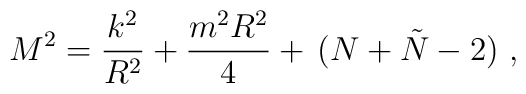
M^2 =  \frac{k^2}{R^2} + \frac{m^2 R^2}{4} +\,(N+\tilde N-2)\ ,